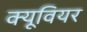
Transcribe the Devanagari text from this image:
क्यूवियर